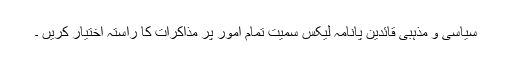
سیاسی و مذہبی قائدین پانامہ لیکس سمیت تمام امور پر مذاکرات کا راستہ اختیار کریں ۔